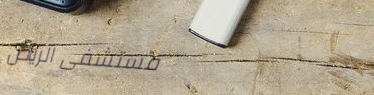
مستشفى الرياض